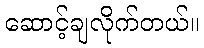
ဆောင့်ချလိုက်တယ်။